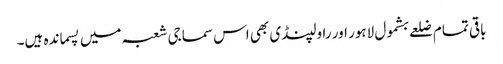
باقی تمام ضلعے بشمول لاہور اور راولپنڈی بھی اس سماجی شعبہ میں پسماندہ ہیں۔